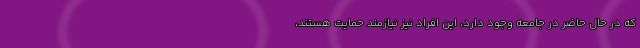
که در حال حاضر در جامعه وجود دارد، این افراد نیز نیازمند حمایت هستند،